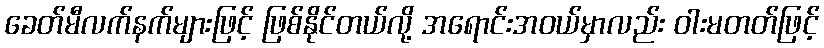
ခေတ်မီလက်နက်များဖြင့် ဖြစ်နိုင်တယ်လို့ အရောင်းအဝယ်မှာလည်း ဝါးမတတ်ဖြင့်